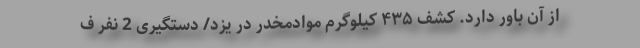
از آن باور دارد. کشف ۴۳۵ کیلوگرم موادمخدر در یزد/ دستگیری 2 نفر ف